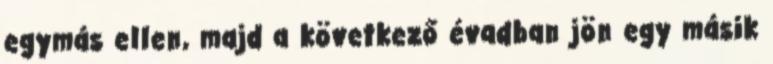
egymás ellen, majd a következő évadban jön egy másik